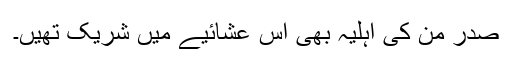
صدر مُن کی اہلیہ بھی اِس عشائیے میں شریک تھیں۔